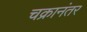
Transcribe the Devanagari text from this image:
चक्रानंतर